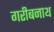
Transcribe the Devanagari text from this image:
गरीबनाथ